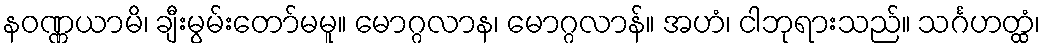
နဝဏ္ဏယာမိ၊ ချီးမွမ်းတော်မမူ။ မောဂ္ဂလာန၊ မောဂ္ဂလာန်။ အဟံ၊ ငါဘုရားသည်။ သင်္ဂဟတ္ထံ၊